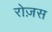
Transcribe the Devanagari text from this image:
रोज़स